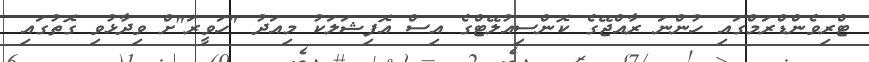
ޓްރިވެންޑްރަމްގައި ހުންނަ ރާއްޖޭގެ ކޮންސިއުލޭޓްގެ އިސް އޮފިޝަލަކު މިއަދު "ހަވީރަ"ށް ވިދާޅުވި ގޮތުގައި